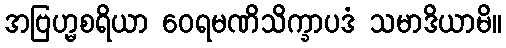
အဗြဟ္မစရိယာ ဝေရမဏိသိက္ခာပဒံ သမာဒိယာမိ။